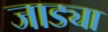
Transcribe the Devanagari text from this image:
जाड्या